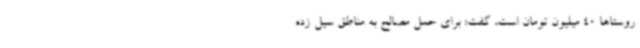
روستاها 40 میلیون تومان است، گفت: برای حمل مصالح به مناطق سیل زده